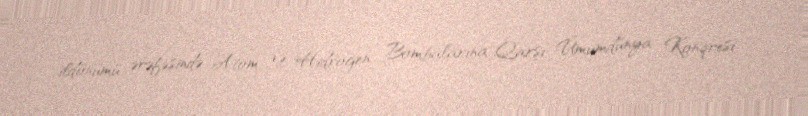
ildönümü ərəfəsində Atom və Hidrogen Bombalarına Qarşı Ümumdünya Konqresi